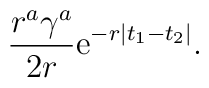
\frac{r^a \gamma^a}{2 r}  {\rm e}^{- r | t_1-t_2|} .